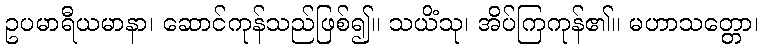
ဥပမာရီယမာနာ၊ ဆောင်ကုန်သည်ဖြစ်၍။ သယိံသု၊ အိပ်ကြကုန်၏။ မဟာသတ္တော၊